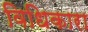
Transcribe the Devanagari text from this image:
विधिकारा